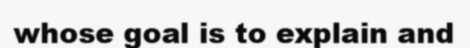
whose goal is to explain and